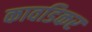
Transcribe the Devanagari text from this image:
कावडिकर